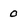
Character: 0